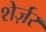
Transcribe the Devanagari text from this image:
शेर्ज़र